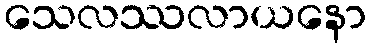
သေလဿလာယနော